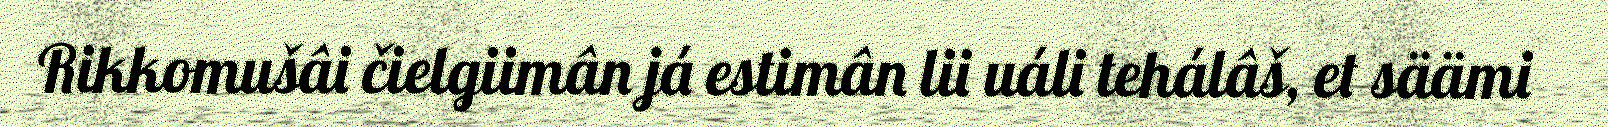
Rikkomušâi čielgiimân já estimân lii uáli tehálâš, et säämi